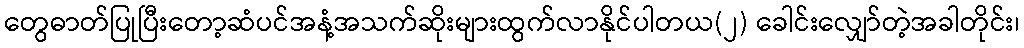
တွေဓာတ်ပြုပြီးတော့ဆံပင်အနံ့အသက်ဆိုးများထွက်လာနိုင်ပါတယ(၂) ခေါင်းလျှော်တဲ့အခါတိုင်း၊